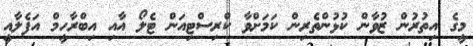
މީގެ އިތުރުން ޒުވާން ކުޅުންތެރިން ކަމަށްވާ ކްރިސްޓިއަން ޓެލޯ އާއި އިބްރާހީމް އަފެލާއީ